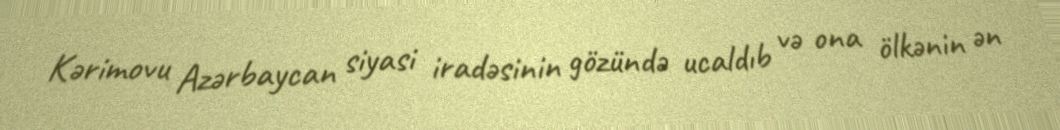
Kərimovu Azərbaycan siyasi iradəsinin gözündə ucaldıb və ona ölkənin ən